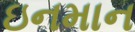
ઇનમાન